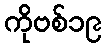
ကိုဗစ်၁၉